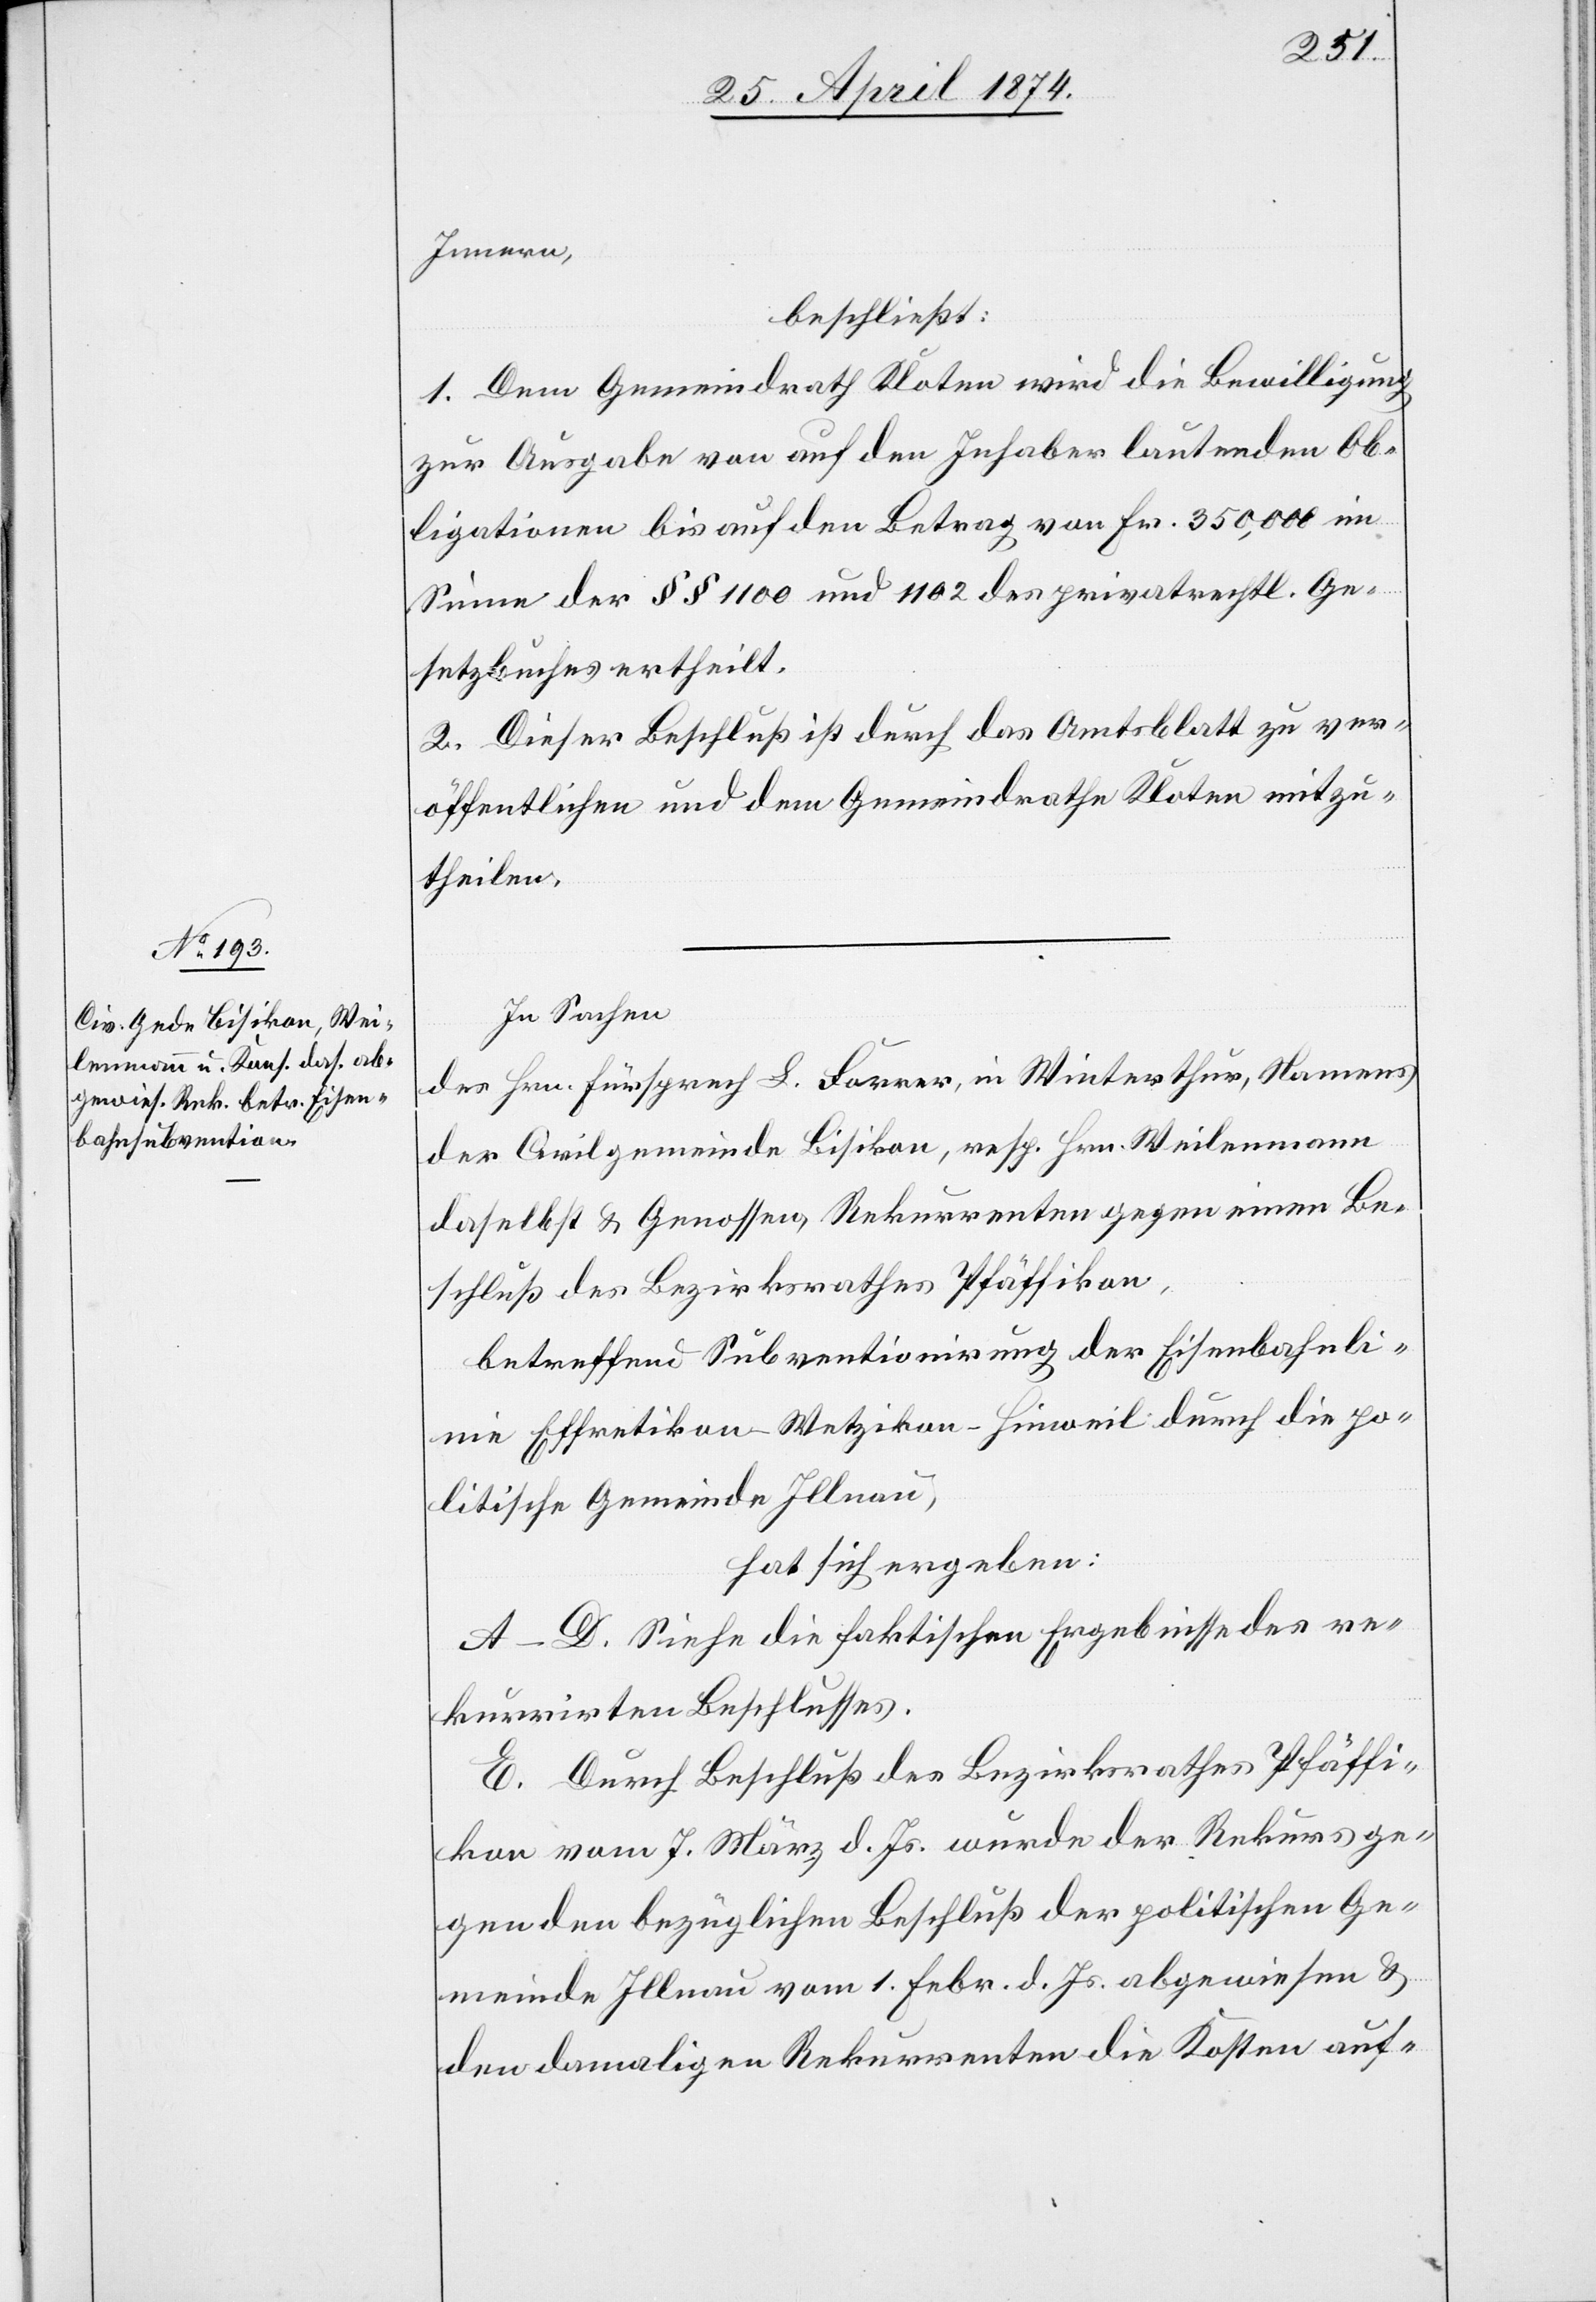
Innern,
beschließt:
1. Dem Gemeindrath Kloten wird die Bewilligung
zur Ausgabe von auf den Inhaber lautenden Ob¬
ligationen bis auf den Betrag von Fr. 350‘000 im
Sinne der §§ 1100 und 1102 des privatrechtl. Ge¬
setzbuches ertheilt.
2. Dieser Beschluß ist durch das Amtsblatt zu ver¬
öffentlichen und dem Gemeindrathe Kloten mitzu¬
theilen.
In Sachen
des Hrn. Fürsprech L. Forrer, in Winterthur, Namens
der Civilgemeinde Bisikon, resp. Hrn. Weilenmann
daselbst u. Genossen, Rekurrenten gegen einen Be¬
schluß des Bezirksrathes Pfäffikon,
betreffend Subventionirung der Eisenbahnli¬
nie Effretikon-Wetzikon-Hinweil durch die po¬
litische Gemeinde Illnau,
hat sich ergeben:
A–D. Siehe die faktischen Ergebnisse des re¬
kurrirten Beschlusses.
E. Durch Beschluß des Bezirksrathes Pfäffi¬
kon vom 7. März d. Js. wurde der Rekurs ge¬
gen den bezüglichen Beschluß der politischen Ge¬
meinde Illnau vom 1. Febr. d. Js. abgewiesen u.
den damaligen Rekurrenten die Kosten auf-